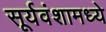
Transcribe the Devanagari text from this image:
सूर्यवंशामध्ये